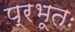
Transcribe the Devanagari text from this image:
प्रभूतः